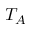
T _ { A }